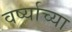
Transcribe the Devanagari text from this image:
वर्ष्याच्या